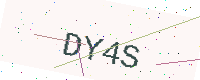
Text: DY4S